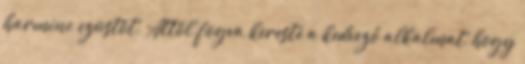
harminc ezüstöt. Attól fogva kereste a kedvező alkalmat, hogy